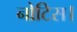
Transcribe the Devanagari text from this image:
नोटिस।